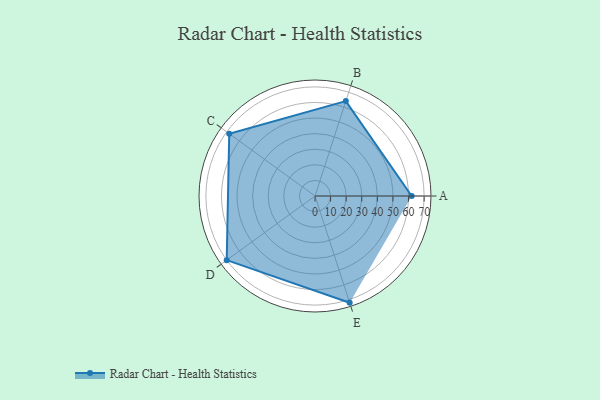
{"axis": {"x": "Skill", "y": "Score"}, "legend": ["Profile"], "data": [{"x": "A", "y": 62.0, "type": "Profile"}, {"x": "B", "y": 64.0, "type": "Profile"}, {"x": "C", "y": 68.0, "type": "Profile"}, {"x": "D", "y": 70.0, "type": "Profile"}, {"x": "E", "y": 72.0, "type": "Profile"}]}